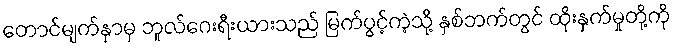
တောင်မျက်နှာမှ ဘူလ်ဂေးရီးယားသည် မြက်ပွင့်ကဲ့သို့ နှစ်ဘက်တွင် ထိုးနှက်မှုတို့ကို